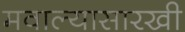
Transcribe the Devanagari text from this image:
मवाल्यासारखी